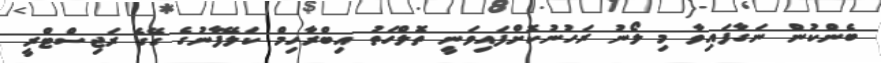
ބެންކުން ނަގާފައިވާ މި ލޯނު ރަހުނުކޮށްފައިވަނީ ތޮލްހަތު އިބްރާހިމް ކަލޭފާނުގެ ގޭގެ ރަޖިސްޓްރީ